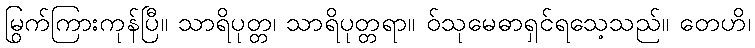
မြွက်ကြားကုန်ပြီ။ သာရိပုတ္တ၊ သာရိပုတ္တရာ။ ဝ်သုမေဓာရှင်ရသေ့သည်။ တေဟိ၊